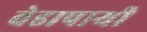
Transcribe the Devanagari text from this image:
वेडापायी